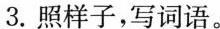
3.照样子，写词语。